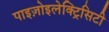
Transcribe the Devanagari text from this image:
पाइज़ोइलेक्ट्रिसिटी